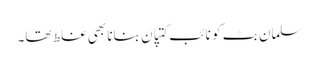
سلمان بٹ کو نائب کتپان بنانا بھی غلط تھا۔